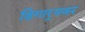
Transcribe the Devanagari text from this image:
ढिगार्‍यवर